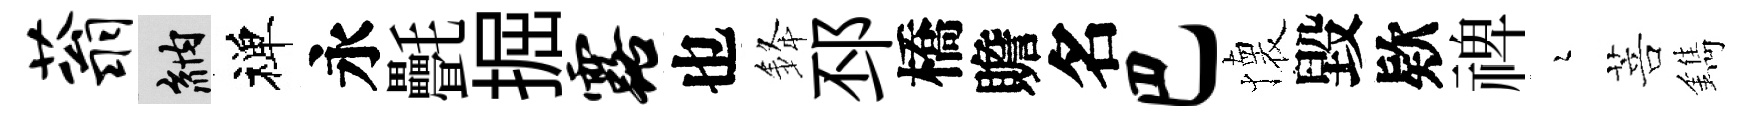
蓊納禅永㲲掘露也𨦟邳橋贍名巴懐毀欵禆瑟菩鐫